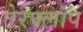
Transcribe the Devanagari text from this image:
टेरफ्लॉप